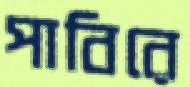
পাবিরে